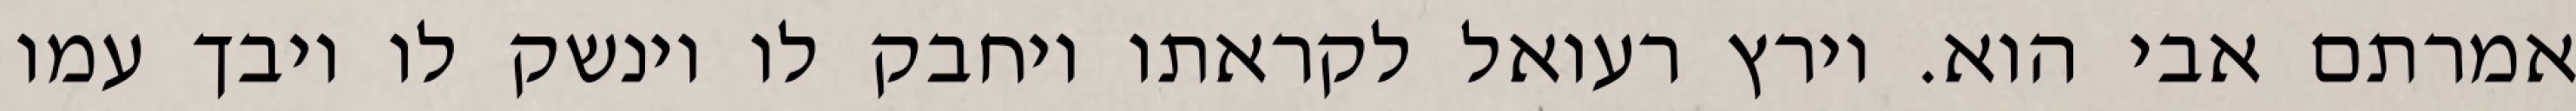
אמרתם אבי הוא. וירץ רעואל לקראתו ויחבק לו וינשק לו ויבך עמו